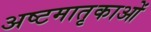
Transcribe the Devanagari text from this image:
अष्टमातृकाओं